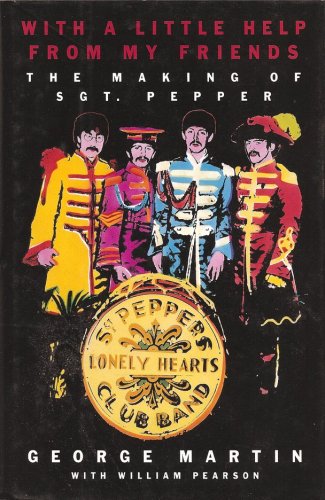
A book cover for With a Little Help from My Friends: The Making of Sgt. Pepper; George Martin; Humor & Entertainment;